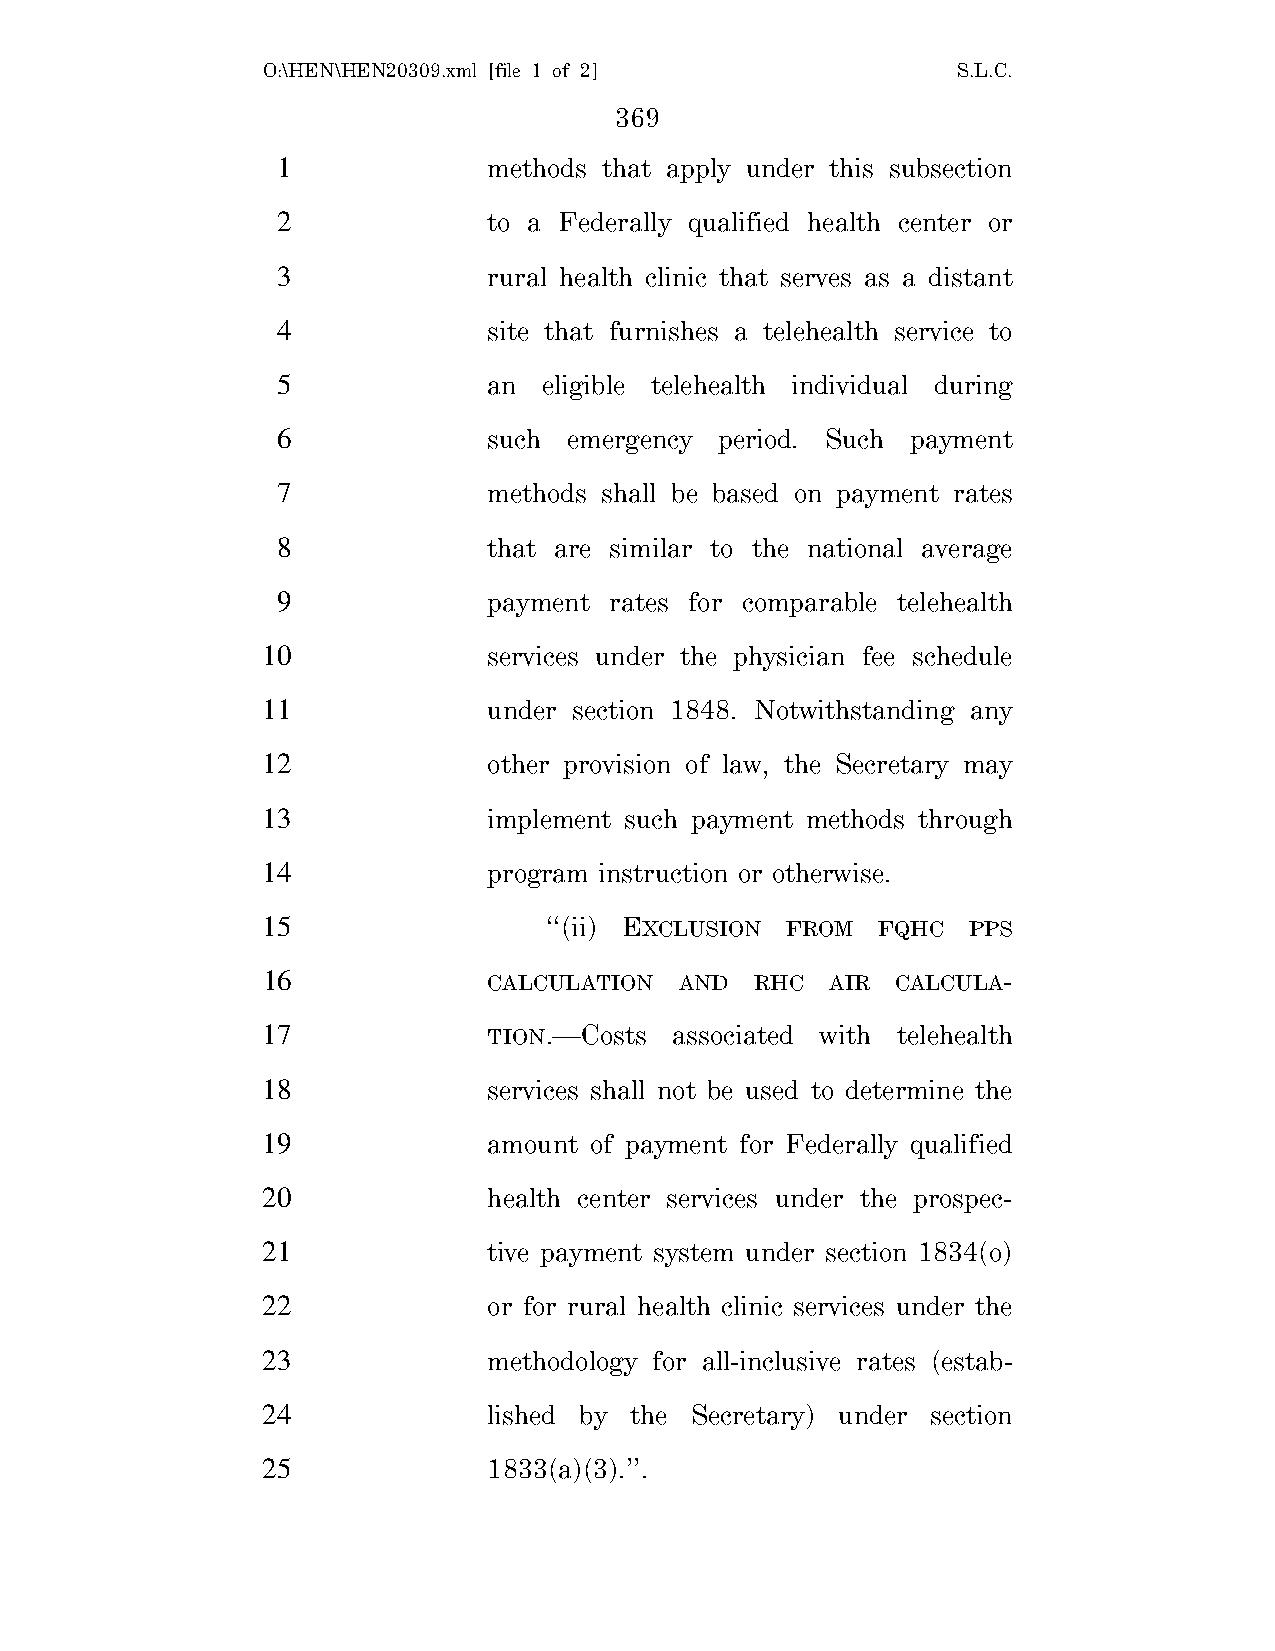
O:\HEN\HEN20309.xml [file 1 of 2]             S.L.C.
 369
 1             methods that apply under this subsection
 2             to a Federally qualified health center or
 3             rural health clinic that serves as a distant
 4             site that furnishes a telehealth service to
 5             an  eligible telehealth individual during
 6             such  emergency period. Such payment
 7             methods shall be based on payment rates
 8             that are similar to the national average
 9             payment rates for comparable telehealth
 10             services under the physician fee schedule
 11             under section 1848. Notwithstanding any
 12             other provision of law, the Secretary may
 13             implement such payment methods through
 14             program instruction or otherwise.
 15                 ‘‘(ii) EXCLUSION FROM FQHC  PPS
 16             CALCULATION  AND  RHC  AIR CALCULA-
 17             TION.—Costs  associated with telehealth
 18             services shall not be used to determine the
 19             amount of payment for Federally qualified
 20             health center services under the prospec-
 21             tive payment system under section 1834(o)
 22             or for rural health clinic services under the
 23             methodology for all-inclusive rates (estab-
 24             lished by the Secretary) under section
 25             1833(a)(3).’’.